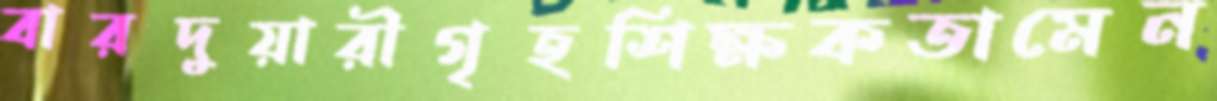
বারদুয়ারীগৃহশিক্ষকতামেন